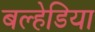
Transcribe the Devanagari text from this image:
बल्हेडिया